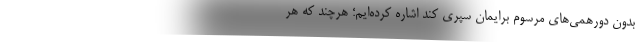
بدون دورهمی‌های مرسوم برایمان سپری کند اشاره کرده‌ایم؛ هرچند که هر